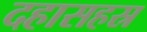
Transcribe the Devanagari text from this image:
दहासहस्र